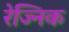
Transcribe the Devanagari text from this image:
रेज्निक